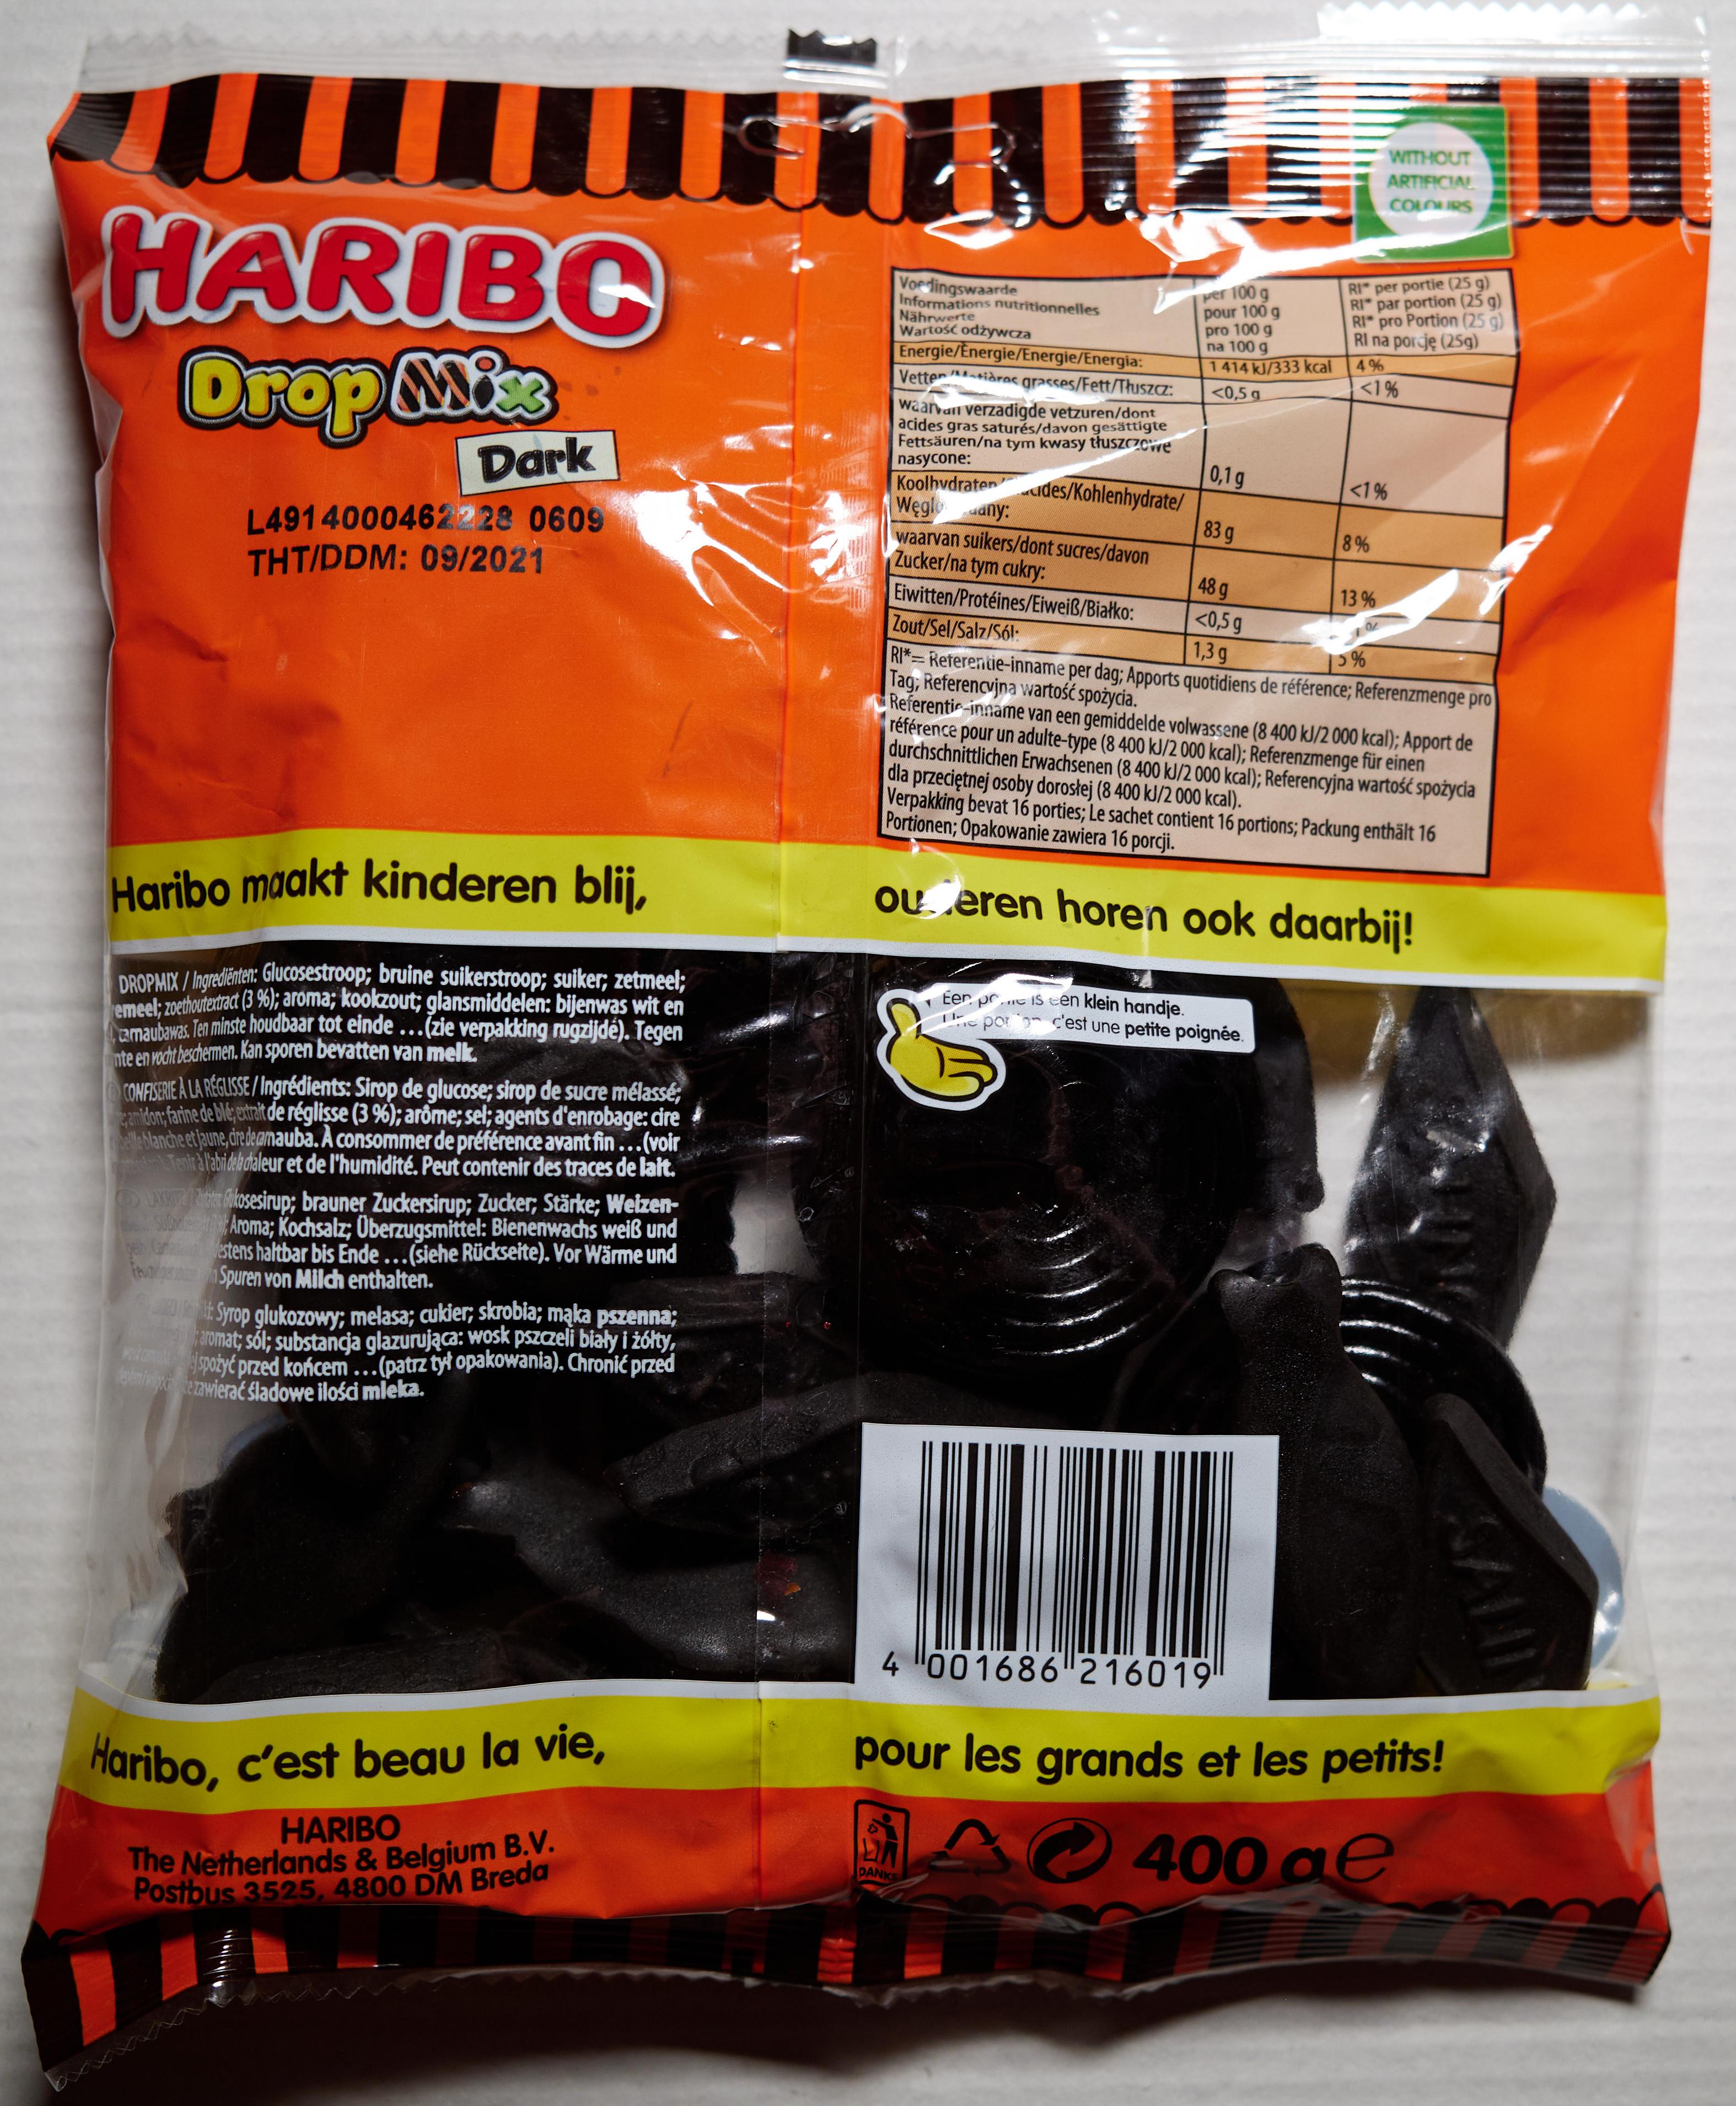
The Netherlands & Belgium B.V. wtomspotyć przed końcem ...(patrz tył opakowania). Chronić przed
tenivipcezwierać sladowe ilości mleka.
WITHOUT
ARTIFICIAL
HARIBC Orop Mise
Voe dingswaarde Informations nutritionnelles Nährwerte Wartość odżywcza Energie/Energie/Energie/Energia:
per 100 g pour 100 g pro 100 g na 100 g 1414 kJ/333 kcal
RI per portie (25 g) RI par portion (25 g) RI pro Portion (25 g) RI na porcję (25g)
4%
Vetter
tiàras gracses/Fett/Thuszcz:
<0,5 g
<1%
waarval verzadigde vetzuren/dont acides gras saturés/davon gesättigte Fettsäuren/na tym kwasy tłuszcZCwe nasycone: Koolhvdratenudes/Kohlenhydrate/ Węgleany: waarvan suikers/dont sucres/davon Zucker/na tym cukry:
Dark
0,1g
<1%
L4914000462228 0609 THT/DDM: 09/2021
83 g
8%
48 g <0,5 g
13 %
Eiwitten/Protéines/Eiweiß/Białko:
Zout/Sel/Salz/Sól: RI*=Referentie-inname per dag; Apports quotidiens de référence; Referenzmenge pro Tag, Referencvjna wartość spożycia. Referentic-inname van een gemiddelde volwassene (8 400 kJ/2 000 kcal); Apport de référence pour un adulte-type (8 400 kJ/2 000 kcal); Referenzmenge für einen durchschnittlichen Erwachsenen (8 400 kJ/2 000 kcal); Referencyjna wartość spożycia dla przeciętnej osoby dorosłej (8 400 kJ/2 000 kcal). Verpakking bevat 16 porties; Le sachet contient 16 portions; Packung enthält 16 Portionen; Opakowanie zawiera 16 porcji.
1,3 g
5%
%
Haribo maakt kinderen blij,
OU eren horen ook daarbij!
DROPMIX / Ingredinten: GluCOsestroop; bruine suikerstroop; suiker; zetmeel; emeel: zoethoutextract (3 %); aroma; koolzout; glansmiddelen: bijenwas wit en amaubawas Ten minste houdbaar tot einde ...(zie verpakking rugzijdé). Tegen nte en rocht beschermen. Kan sporen bevatten van melk. COMFISERIE À LA RÉGLISSE / Ingrédients: Sirop de glucose; sirop de sucre mélassé; anidon; farine de blée;etrait de réglisse (3 %); arôme; sel; agents d'enrobage: cire lanche et Jaune,dredeamauba. A consommer de préférence avant fin ...(voir Tenlr a labideb dialeur et de l'humidité. Peut contenir des traces de lait.
Eer pr..
IS cen klein handje.
e por cest une petite poignée.
OUN iosesirup; brauner Zuckersirup; Zucker; Stärke; Welzen- Sub Aroma; Kochsalz; Überzugsmittel: Bienenwachs weiß und Gri estens haltbar bis Ende ...(siehe Rückseite). Vor Wärme und Feuaigera Spuren von Milch enthalten. Syrop glukozowy; melasa; cukier; skrobia; mąka pszenna; aromat; sól; substancja glazurująca: wosk pszczeli biały i żółty,
...
4 001686 216019
pour les grands et les petits!
Maribo, c'est beau la vie,
A 400 ae
HARIBO
DANKE
Postbus 3525, 4800 DM Breda